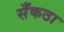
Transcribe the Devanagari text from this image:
सँकठा